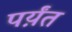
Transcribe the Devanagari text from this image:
पर्य़ंत